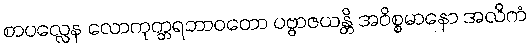
စာပလ္လေန လောကုတ္တရဘာဝတော ပဗ္ဗာဇယန္တိ အဝိစ္စမာနော အလိကံ